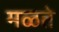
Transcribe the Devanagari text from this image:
मळते